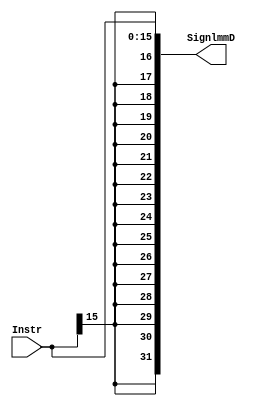
module sign_extend(

input wire [15:0]Instr,
output wire [31:0]SignlmmD

);

wire [15:0]extend_signal;


assign extend_signal = {16{Instr[15]}};

assign SignlmmD = {extend_signal,Instr};





endmodule